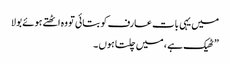
میں یہی بات عارف کو بتائی تو وہ اٹھتے ہوئے بولا
” ٹھیک ہے ، میں چلتا ہوں ۔